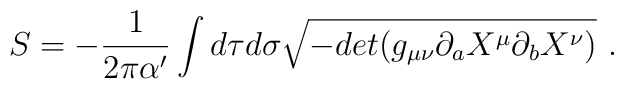
S= -{1\over 2 \pi \alpha'}\int d\tau d\sigma \sqrt{-det(g_{\mu\nu}\partial_a X^\mu \partial_b X^\nu)}\ .